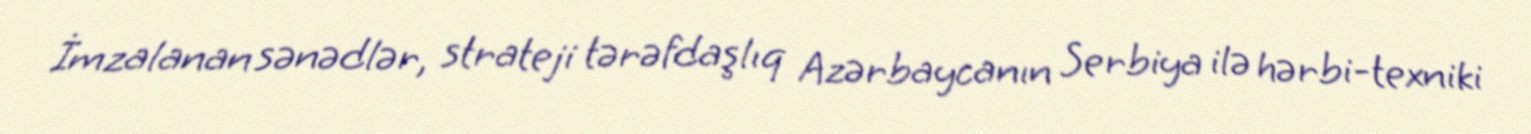
İmzalanan sənədlər, strateji tərəfdaşlıq Azərbaycanın Serbiya ilə hərbi-texniki